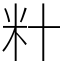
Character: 籵